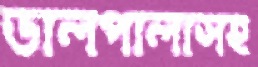
ডালপালাসহ